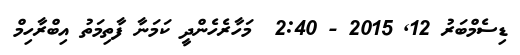
ޑިސެމްބަރު 12